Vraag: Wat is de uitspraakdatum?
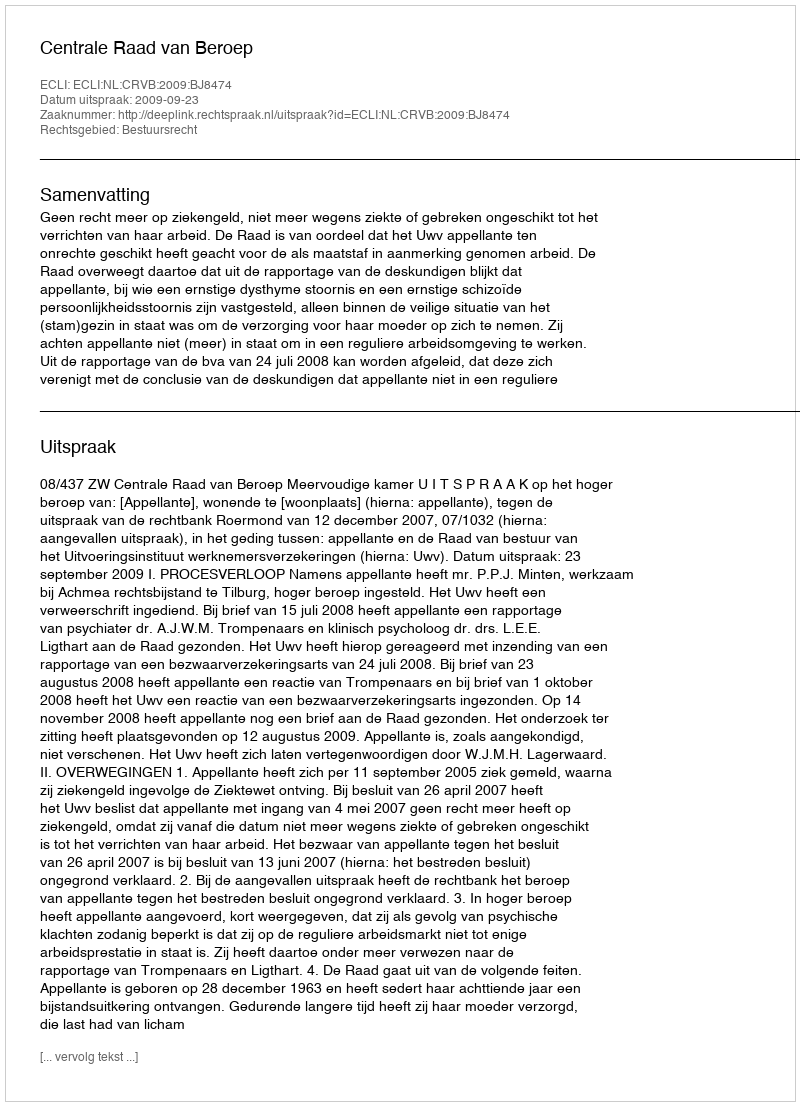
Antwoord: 2009-09-23